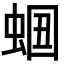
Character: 𧋡